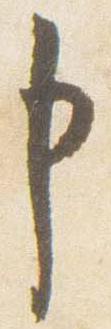
申